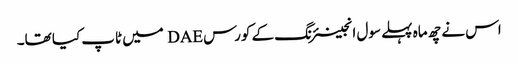
اس نے چھ ماہ پہلے سول انجینئرنگ کے کورس DAE میں ٹاپ کیا تھا۔